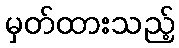
မှတ်ထားသည့်